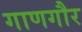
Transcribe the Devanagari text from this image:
गाणगौर